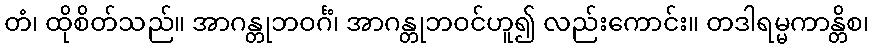
တံ၊ ထိုစိတ်သည်။ အာဂန္တုဘဝင်္ဂံ၊ အာဂန္တုဘဝင်ဟူ၍ လည်းကောင်း။ တဒါရမ္မကာန္တိစ၊